65_HS1-834228961_62-HQ-83894_Section_5
Agency: FBI
Page 160
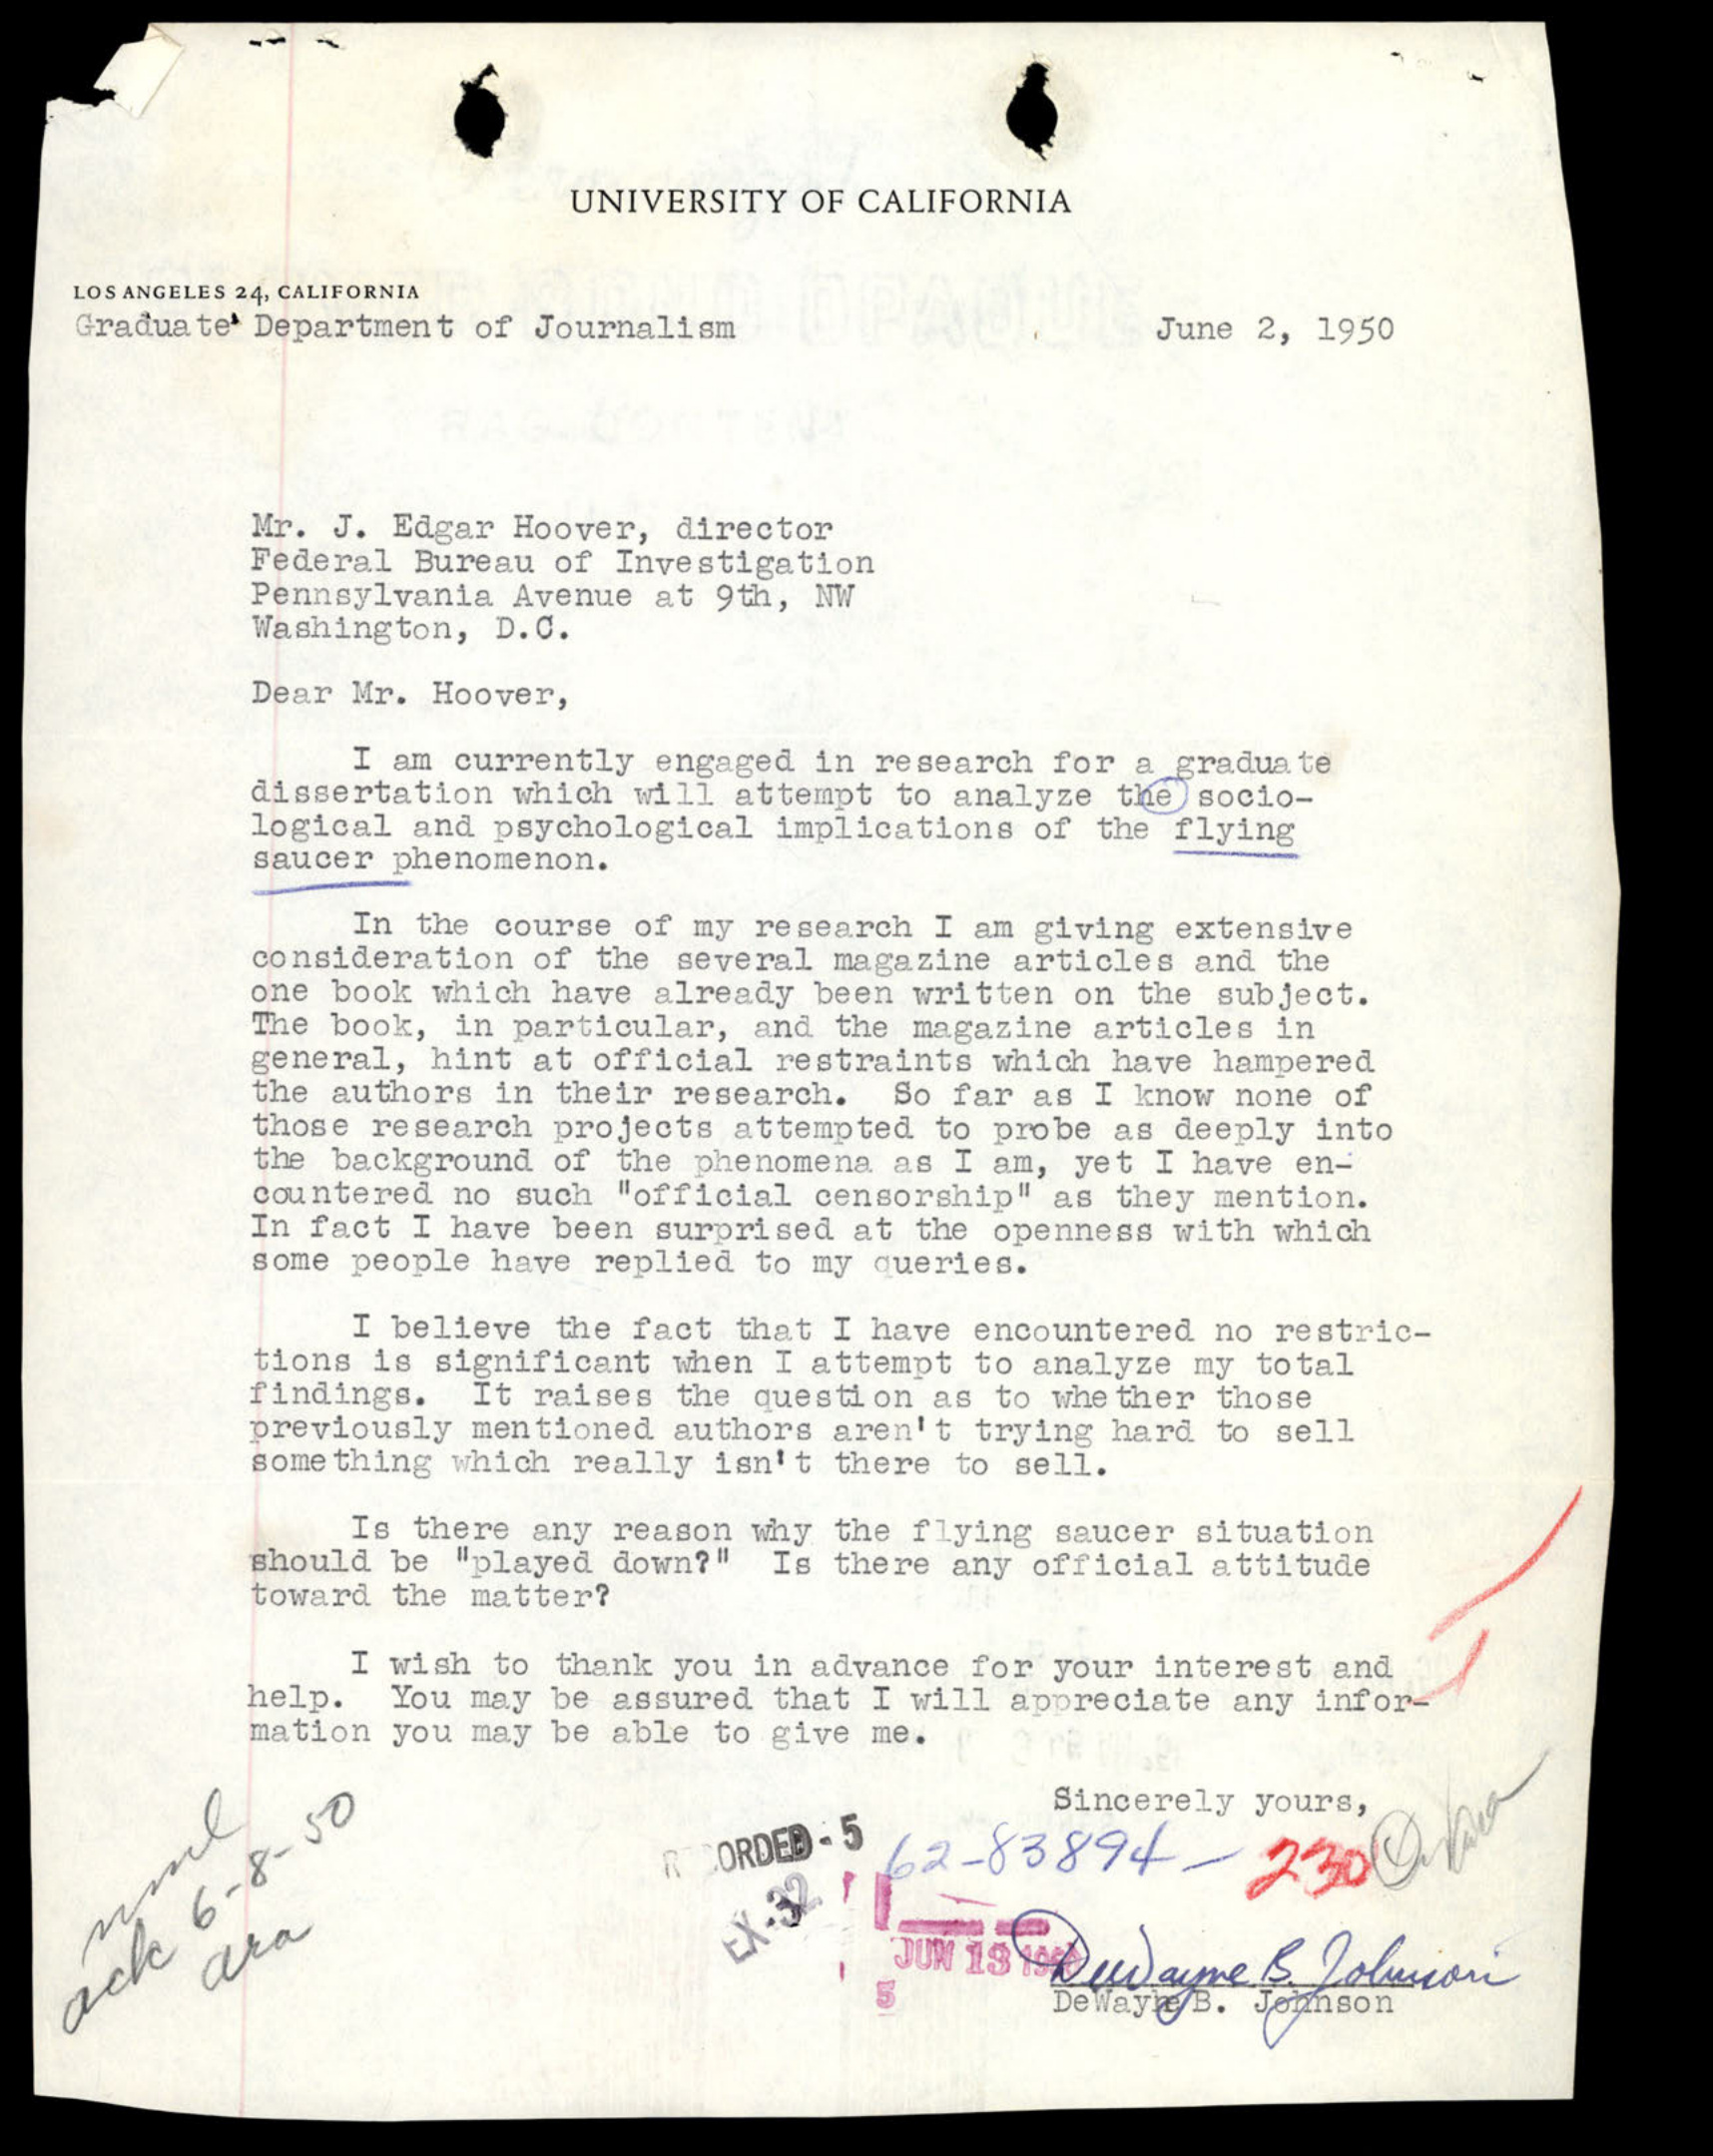